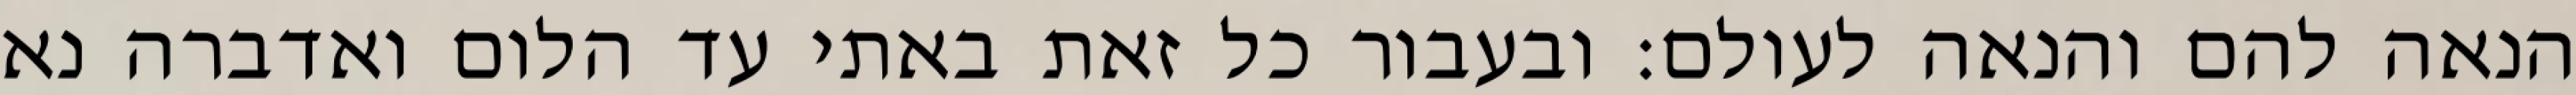
הנאה להם והנאה לעולם: ובעבור כל זאת באתי עד הלום ואדברה נא